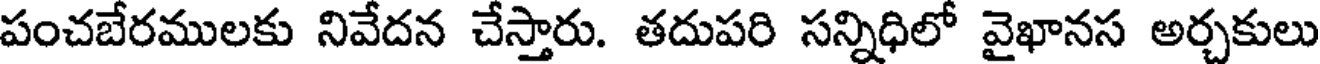
పంచబేరములకు నివేదన చేస్తారు. తదుపరి సన్నిధిలో వైఖానస అర్చకులు